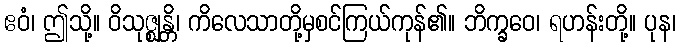
ဧဝံ၊ ဤသို့။ ဝိသုဇ္ဈန္တိ၊ ကိလေသာတို့မှစင်ကြယ်ကုန်၏။ ဘိက္ခဝေ၊ ရဟန်းတို့။ ပုန၊